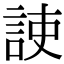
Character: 𧧅